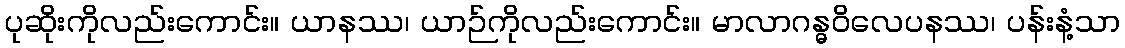
ပုဆိုးကိုလည်းကောင်း။ ယာနဿ၊ ယာဉ်ကိုလည်းကောင်း။ မာလာဂန္ဓဝိလေပနဿ၊ ပန်းနံ့သာ